Scientific memoirs by medical officers of the Army of India - Part III,
Year: 1887
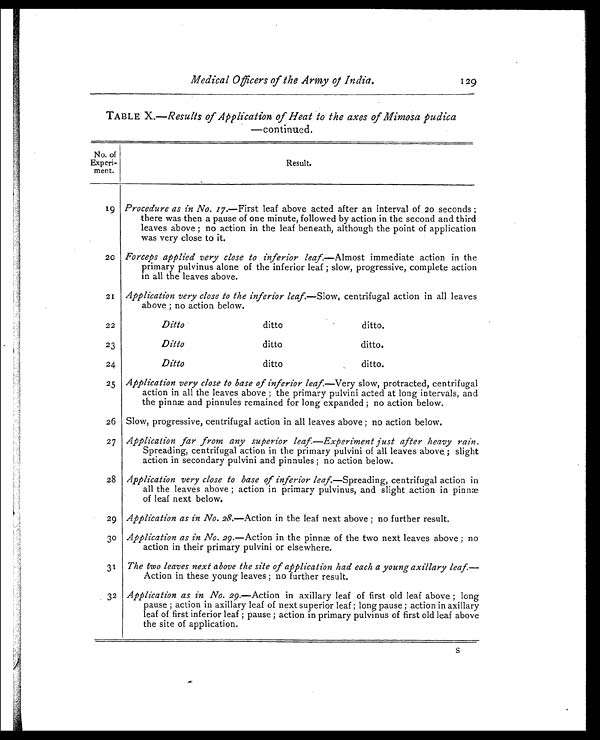
Medical Officers of the Army of India. 129
TABLE X.—Results of Application of Heat to the axes of Mimosa pudica
—continued.
No. of
Experi-
men t.
Result.
19 Procedure as in No. 1 7.—First leaf above acted after an interval of 20 seconds ;
there was then a pause of one minute, followed by action in the second and third
leaves above ; no action in the leaf beneath, although the point of application
was very close to it.
2 0 Forceps applied very close to inferior leaf.— A l m o s t
i m m e d i a t e
a c t i o n i n t h e
primary pulvinus alone of the inferior leaf ; slow, progressive, complete action
in all the leaves above.
21
Application very close to the inferior leaf. —Slow, centrifugal action in all leaves
above ; no action below.
22
Ditto
ditto
ditto.
23
Ditto
ditto
ditto.
24
Ditto
ditto
ditto.
25 Application very close to base of inferior leaf.— V e r y
s l o w , p r o t r a c t e d , c e n t r i f u g a l
action in all the leaves above ; the primary pulvini acted at long intervals, and
the pinnæ and pinnules remained for long expanded ; no action below.
26 Slow, progressive, centrifugal action in all leaves above ; no action below.
27 Application far from any superior leaf.—Experiment just after heavy rain.
Spreading, centrifugal action in the primary pulvini of all leaves above. ; slight
action in secondary pulvini and pinnules ; no action below.
28 Application very close to base of inferior leaf.— S p r e a d i n g , c e n t r i f u g a l a c t i o n i n
all the leaves above ; action in primary pulvinus, and slight action in pinn æ
of leaf next below.
29
Application as in No. 28. —Action in the leaf next above ; no further result.
30 Application as in No. 29. —Action in the pinnæ of the two next leaves above ; no
action in their primary pulvini or elsewhere.
31
The two leaves next above the site of application had each a young axillary leaf . —
Action in these young leaves ; no further result.
3 2
Application as in No. 29.—Action in axillary leaf of first old leaf above ; long
pause ; action in axillary leaf of next superior leaf ; long pause ; action in axillary
leaf of first inferior leaf ; pause ; action in primary pulvinus of first old leaf above
the site of application.